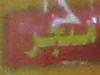
مبتر